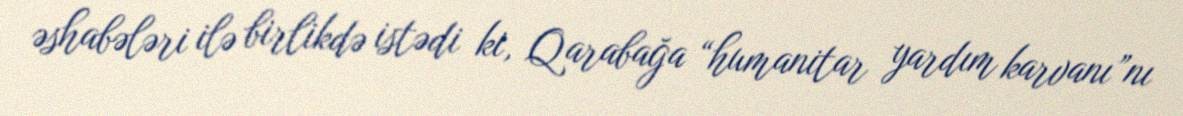
əshabələri ilə birlikdə istədi ki, Qarabağa “humanitar yardım karvanı”nı